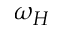
\omega _ { H }